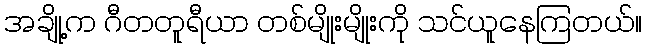
အချို့က ဂီတတူရီယာ တစ်မျိုးမျိုးကို သင်ယူနေကြတယ်။